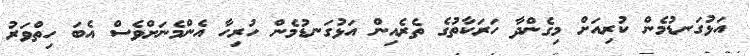
އަޅުގަނޑުމެން ކުރިއަށް މިގެންދާ ހަރަކާތުގެ ތެރެއިން އަޅުގަނޑުމެން ހުރިހާ އެންމެނަށްވެސް އެބަ ހިތްވަރު